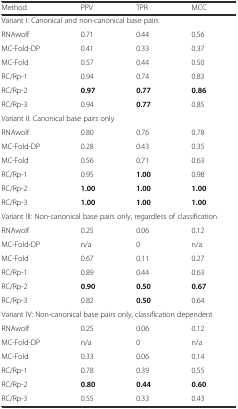
| Method | PPV | TPR | MCC |
 | --- | --- | --- | --- |
 | <COLSPAN=4> Variant I: Canonical and non-canonical base pairs |
 | RNAwolf | 0.71 | 0.44 | 0.56 |
 | MC-Fold-DP | 0.41 | 0.33 | 0.37 |
 | MC-Fold | 0.57 | 0.44 | 0.50 |
 | RC/Rp-1 | 0.94 | 0.74 | 0.83 |
 | RC/Rp-2 | 0.97 | 0.77 | 0.86 |
 | RC/Rp-3 | 0.94 | 0.77 | 0.85 |
 | <COLSPAN=4> Variant II: Canonical base pairs only |
 | RNAwolf | 0.80 | 0.76 | 0.78 |
 | MC-Fold-DP | 0.28 | 0.43 | 0.35 |
 | MC-Fold | 0.56 | 0.71 | 0.63 |
 | RC/Rp-1 | 0.95 | 1.00 | 0.98 |
 | RC/Rp-2 | 1.00 | 1.00 | 1.00 |
 | RC/Rp-3 | 1.00 | 1.00 | 1.00 |
 | <COLSPAN=4> Variant III: Non-canonical base pairs only, regardless of classification |
 | RNAwolf | 0.25 | 0.06 | 0.12 |
 | MC-Fold-DP | n/a | 0 | n/a |
 | MC-Fold | 0.67 | 0.11 | 0.27 |
 | RC/Rp-1 | 0.89 | 0.44 | 0.63 |
 | RC/Rp-2 | 0.90 | 0.50 | 0.67 |
 | RC/Rp-3 | 0.82 | 0.50 | 0.64 |
 | <COLSPAN=4> Variant IV: Non-canonical base pairs only, classification dependent |
 | RNAwolf | 0.25 | 0.06 | 0.12 |
 | MC-Fold-DP | n/a | 0 | n/a |
 | MC-Fold | 0.33 | 0.06 | 0.14 |
 | RC/Rp-1 | 0.78 | 0.39 | 0.55 |
 | RC/Rp-2 | 0.80 | 0.44 | 0.60 |
 | RC/Rp-3 | 0.55 | 0.33 | 0.43 |